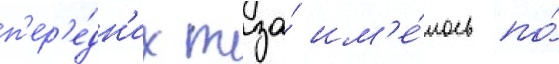
п'ер'е́дн'их тза́ им'е́лось по́